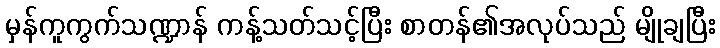
မှန်ကူကွက်သဏ္ဍာန် ကန့်သတ်သင့်ပြီး စာတန်၏အလုပ်သည် မျိုချပြီး